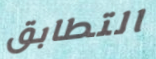
التطابق